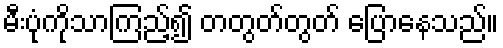
မီးပုံကိုသာကြည့်၍ တတွတ်တွတ် ပြောနေသည်။